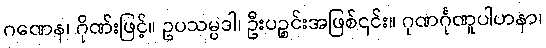
ဂဏေန၊ ဂိုဏ်းဖြင့်။ ဥပသမ္ပဒါ၊ ဦးပဉ္စင်းအဖြစ်၎င်း။ ဂုဏင်္ဂုဏူပါဟနာ၊